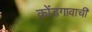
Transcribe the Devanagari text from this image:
कोंडगावाची